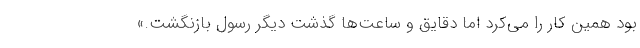
بود همین کار را می‌کرد اما دقایق و ساعت‌ها گذشت دیگر رسول بازنگشت.»